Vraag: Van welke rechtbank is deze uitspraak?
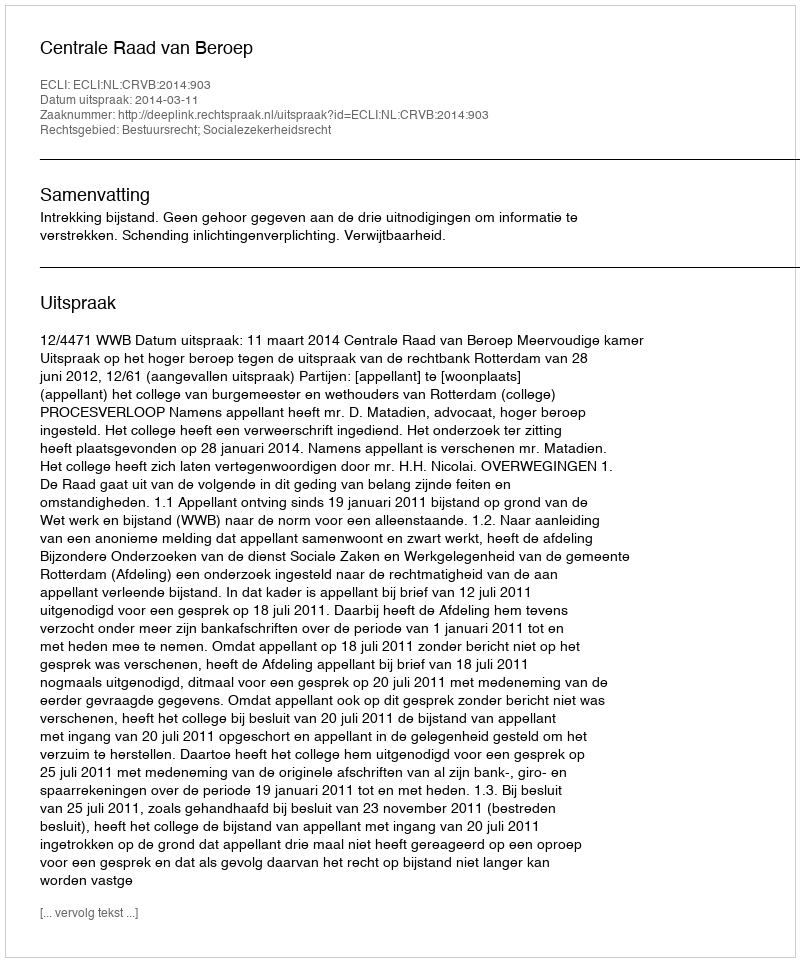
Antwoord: Centrale Raad van Beroep